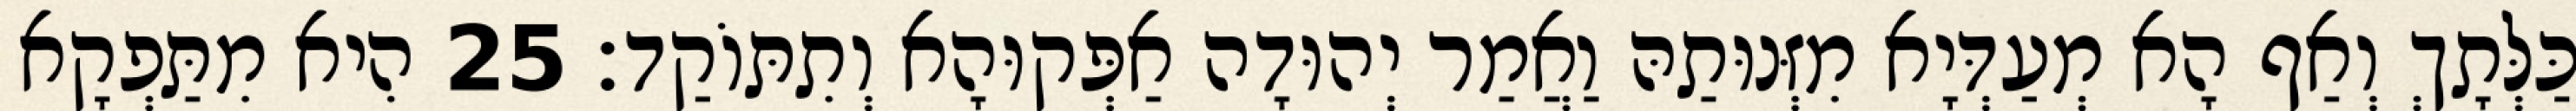
כַּלְּתָךְ וְאַף הָא מְעַדְּיָא מִזְּנוּתַהּ וַאֲמַר יְהוּדָה אַפְּקוּהָא וְתִתּוֹקַד׃ 25 הִיא מִתַּפְקָא